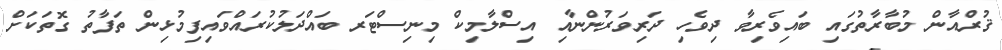
ޤުރްއާން މުބާރާތުގައި ބައިވެރިވާ ދިވެހި ދަރިވަރުންނާއި އިސްލާމިކް މިނިސްޓަރ ބައްދަލުކުރައްވައިފިމުޅިން ތަފާތު ގޮތަކަށް